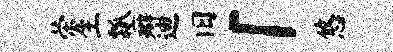
荣生瓢癖迪旧「悠